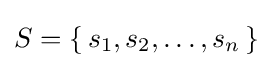
S=\{\,s_{1},s_{2},\ldots ,s_{n}\,\}